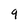
Character: 9